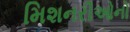
મિશનરીઓનો